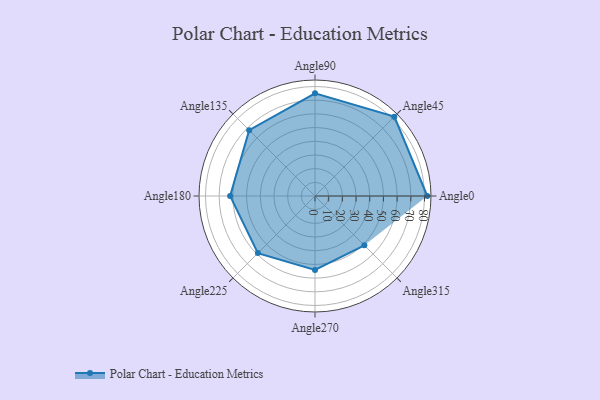
{"axis": {"x": "Angle", "y": "Radius"}, "legend": [""], "data": [{"x": "Angle0", "y": 82.0, "type": ""}, {"x": "Angle45", "y": 82.0, "type": ""}, {"x": "Angle90", "y": 75.0, "type": ""}, {"x": "Angle135", "y": 68.0, "type": ""}, {"x": "Angle180", "y": 62.0, "type": ""}, {"x": "Angle225", "y": 59.0, "type": ""}, {"x": "Angle270", "y": 54.0, "type": ""}, {"x": "Angle315", "y": 51.0, "type": ""}]}